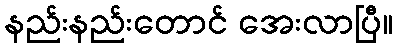
နည်းနည်းတောင် အေးလာပြီ။